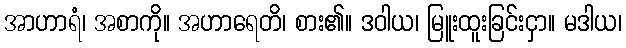
အာဟာရံ၊ အစာကို။ အဟာရေတိ၊ စား၏။ ဒဝါယ၊ မြူးထူးခြင်းငှာ။ မဒါယ၊